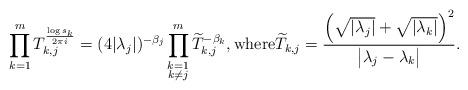
LaTeX: \begin{align*}\prod_{k=1}^{m} T_{k,j}^{\frac{\log s_{k}}{2\pi i}} = (4|\lambda_{j}|)^{-\beta_{j}}\prod_{\substack{k=1 \\ k \neq j}}^{m} \widetilde{T}_{k,j}^{-\beta_{k}}, \mbox{where} \widetilde{T}_{k,j} = \frac{\left(\sqrt{|\lambda_{j}|}+\sqrt{|\lambda_{k}|}\right)^2}{\big|\lambda_j-\lambda_k\big|}.\end{align*}